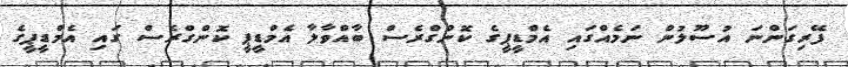
ފޭރިގަންނަ އުސޫލުން ނަމެއްގައި އެމްޑީޕީގެ ކޮންގްރެސް ބާއްވާލާ އެމްޑީޕީ ކޮންގްރެސް ގައި އެމްޑީޕީގެ